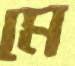
মে